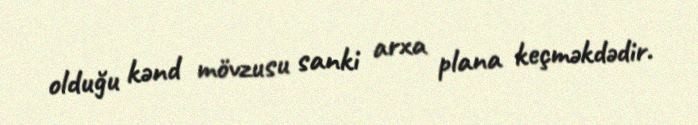
olduğu kənd mövzusu sanki arxa plana keçməkdədir.